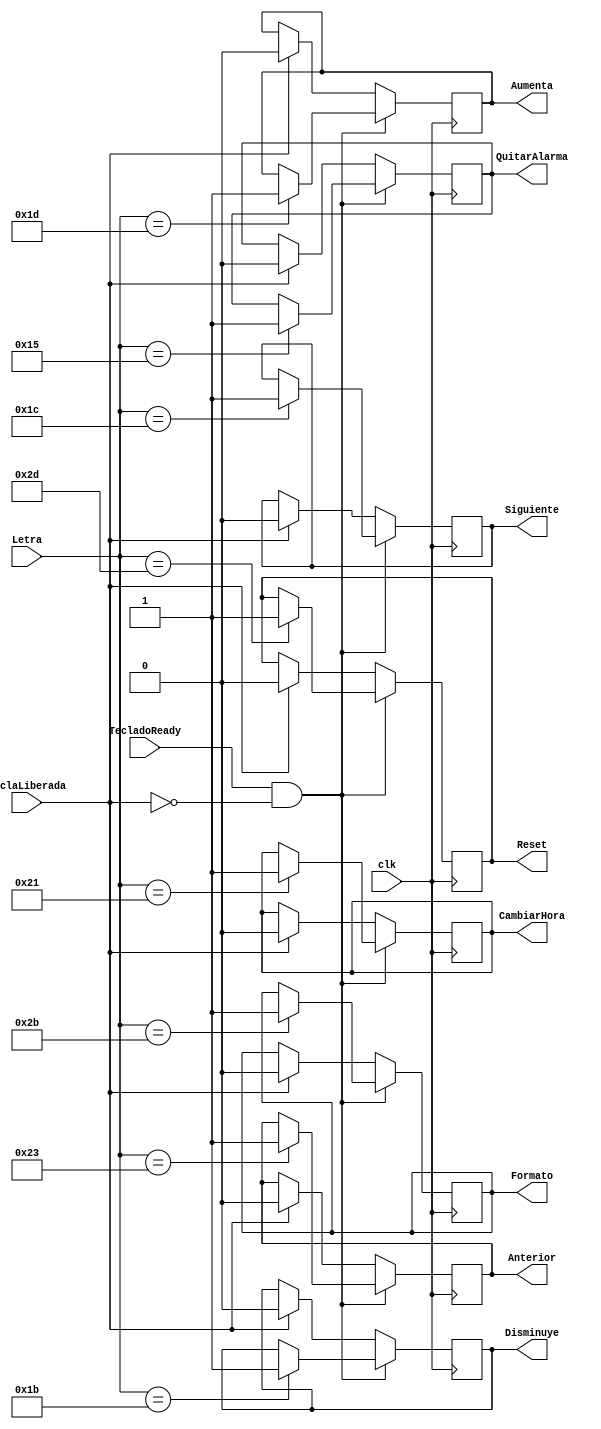
`timescale 1ns / 1ps
//////////////////////////////////////////////////////////////////////////////////
// Company: 
// Engineer: 
// 
// Design Name: 
// Module Name:    DecoTeclado 
// Project Name: 
// Target Devices: 
// Tool versions: 
// Description: 
//
// Dependencies: 
//
// Revision: 
// Revision 0.01 - File Created
// Additional Comments: 
//
//////////////////////////////////////////////////////////////////////////////////
module DecoTeclado(
    input clk,
    input TecladoReady,
	 input TeclaLiberada,
    input [7:0] Letra,
    output reg Aumenta=1'b0,
    output reg Disminuye=1'b0,
    output reg Siguiente=1'b0,
    output reg Anterior=1'b0,
    output reg Reset=1'b0,
    output reg Formato=1'b0,
    output reg QuitarAlarma=1'b0,
    output reg CambiarHora=1'b0
    );
	 
	 reg AumentaNext=1'b0;
	 reg DisminuyeNext=1'b0;
	 reg SiguienteNext=1'b0;
	 reg AnteriorNext=1'b0;
	 reg ResetNext=1'b0;
	 reg FormatoNext=1'b0;
	 reg QuitarAlarmaNext=1'b0;
	 reg CambiarHoraNext=1'b0;
	 
	 always @(posedge clk) begin
			Aumenta<=AumentaNext;
		   Disminuye<=DisminuyeNext;
			Siguiente<=SiguienteNext;
			Anterior<=AnteriorNext;
			Reset<=ResetNext;
			Formato<=FormatoNext;
			QuitarAlarma<=QuitarAlarmaNext;
			CambiarHora<=CambiarHoraNext;
	 end
	 
	 always @* begin
			
		  AumentaNext=Aumenta;
		  DisminuyeNext=Disminuye;
		  SiguienteNext=Siguiente;
		  AnteriorNext=Anterior;
		  ResetNext=Reset;
		  FormatoNext=Formato;
		  QuitarAlarmaNext=QuitarAlarma;
		  CambiarHoraNext=CambiarHora;
		  
		  if (TecladoReady == 1'b1 &&(TeclaLiberada == 1'b0)) begin
				case (Letra)
					8'h1d: AumentaNext = 1'b1;
					8'h1b: DisminuyeNext = 1'b1;
					8'h1c: SiguienteNext = 1'b1;
					8'h23: AnteriorNext = 1'b1;
					8'h2d: ResetNext = 1'b1;
					8'h2b: FormatoNext = 1'b1;
					8'h15: QuitarAlarmaNext = 1'b1;
					8'h21: CambiarHoraNext = 1'b1;
					
				endcase
		  end
		  
		  else if (TeclaLiberada == 1'b1) begin
		  
				   AumentaNext = 1'b0;
					DisminuyeNext = 1'b0;
					SiguienteNext = 1'b0;
					AnteriorNext = 1'b0;
				   ResetNext = 1'b0;
					FormatoNext = 1'b0;
					QuitarAlarmaNext = 1'b0;
					CambiarHoraNext = 1'b0;
		  end
		  
		  
	 end


endmodule